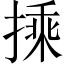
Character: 𭡽